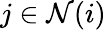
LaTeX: j\in\mathcal{N}(i)